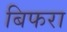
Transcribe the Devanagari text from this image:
बिफरा